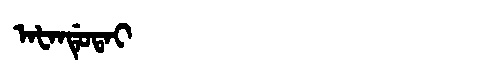
Manchu: ᠠᡶᠠᠨᡩᡠᡨᠠᡳ
Romanization: AFANDUTAI